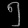
Digit: ၅